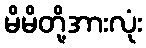
မိမိတို့အားလုံး